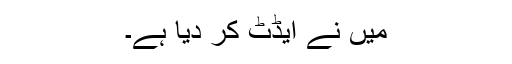
میں نے ایڈٹ کر دیا ہے۔